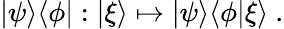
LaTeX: |\psi\rangle\langle\phi|:|\xi\rangle\mapsto|\psi\rangle\langle\phi|\xi\rangle~.